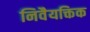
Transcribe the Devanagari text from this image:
निवैयक्तिक